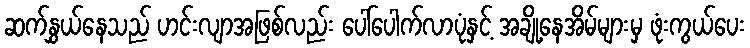
ဆက်နွှယ်နေသည် ဟင်းလျာအဖြစ်လည်း ပေါ်ပေါက်လာပုံနှင့် အချို့နေအိမ်များမှ ဖုံးကွယ်ပေး